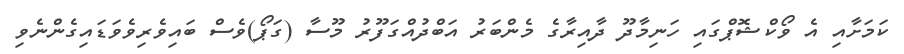
ކަމަށާއި އެ ވޯކްޝޮޕްގައި ހަނިމާދޫ ދާއިރާގެ މެންބަރު އަބްދުއްގަފޫރު މޫސާ (ގަޕޯ)ވެސް ބައިވެރިވެވަޑައިގެންނެވި